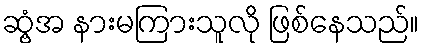
ဆွံ့အ နားမကြားသူလို ဖြစ်နေသည်။